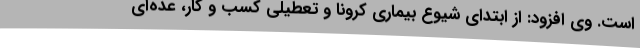
است. وی افزود: از ابتدای شیوع بیماری کرونا و تعطیلی کسب و کار، عده‌ای